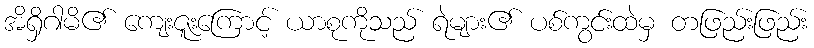
အိရှိဂါမိ၏ ကျေးဇူးကြောင့် ယာစုကိုသည် ရဲများ၏ ပစ်ကွင်းထဲမှ တဖြည်းဖြည်း